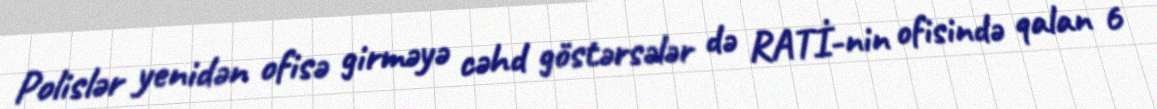
Polislər yenidən ofisə girməyə cəhd göstərsələr də RATİ-nin ofisində qalan 6